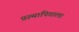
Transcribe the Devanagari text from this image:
प्रस्थापिताला